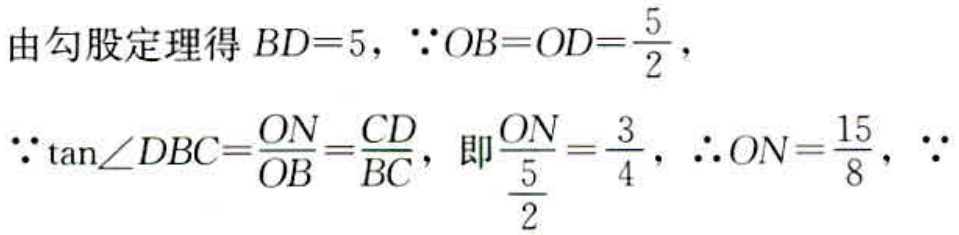
由勾股定理得 \(BD = 5\)，\(\because OB = OD=\frac{5}{2}\)，
\(\because\tan\angle DBC=\frac{ON}{OB}=\frac{CD}{BC}\)，即\(\frac{ON}{\frac{5}{2}}=\frac{3}{4}\)，\(\therefore ON=\frac{15}{8}\)，\(\because\)